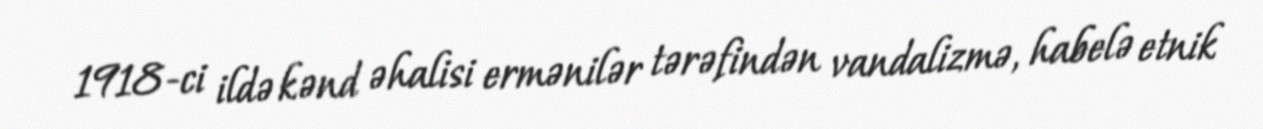
1918-ci ildə kənd əhalisi ermənilər tərəfindən vandalizmə, habelə etnik